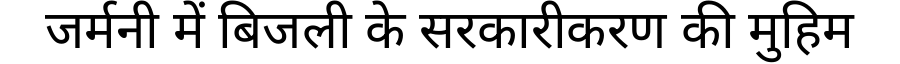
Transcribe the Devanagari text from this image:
जर्मनी में बिजली के सरकारीकरण की मुहिम